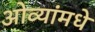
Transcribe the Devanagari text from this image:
ओव्यांमधे